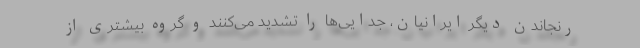
رنجاندن دیگر ایرانیان، جدایی‌ها را تشدید می‌کنند و گروه بیشتری از